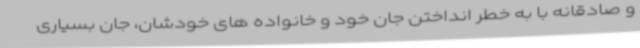
و صادقانه با به خطر انداختن جان خود و خانواده های خودشان، جان بسیاری